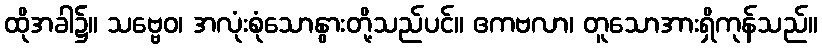
ထိုအခါ၌။ သဗ္ဗေဝ၊ အလုံးစုံသောနွားတို့သည်ပင်။ ဧကဗလာ၊ တူသောအားရှိကုန်သည်။